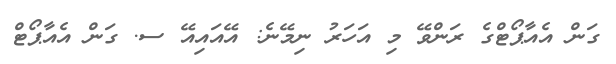
ގަން އެއާޕޯޓްގެ ރަންވޭ މި އަހަރު ނިމޭނެ: އޭއައިއޭ ސ. ގަން އެއާޕޯޓް